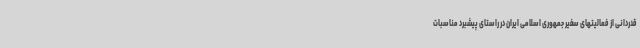
قدردانی از فعالیتهای سفیر جمهوری اسلامی ایران در راستای پیشبرد مناسبات